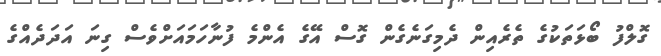
ގޮލްފު ބޯޅަތަކުގެ ތެރެއިން ދެމިގަނެގެން ގޮސް އޭގެ އެންމެ ފުނާހަމައަށްވެސް ގިނަ އަދަދެއްގެ